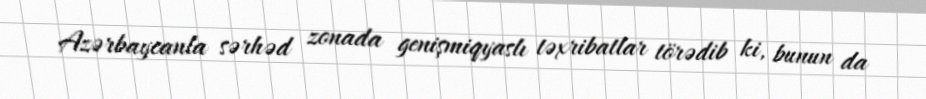
Azərbaycanla sərhəd zonada genişmiqyaslı təxribatlar törədib ki, bunun da